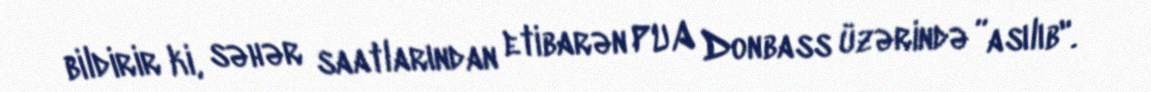
bildirir ki, səhər saatlarından etibarən PUA Donbass üzərində ”asılıb".